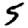
Digit: 5